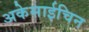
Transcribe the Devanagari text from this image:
अकेसाईचिन